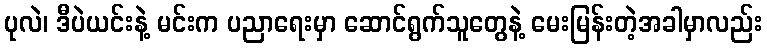
ပုလဲ၊ ဒီပဲယင်းနဲ့ မင်းက ပညာရေးမှာ ဆောင်ရွက်သူတွေနဲ့ မေးမြန်းတဲ့အခါမှာလည်း